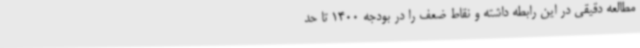
مطالعه دقیقی در این رابطه داشته و نقاط ضعف را در بودجه 1400 تا حد